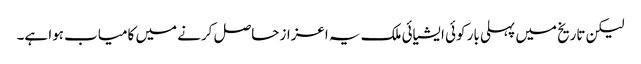
لیکن تاریخ میں پہلی بار کوئی ایشیائی ملک یہ اعزاز حاصل کرنے میں کامیاب ہوا ہے۔